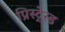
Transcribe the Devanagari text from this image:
प्रिस्ट्रेस्ड